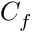
C _ { f }